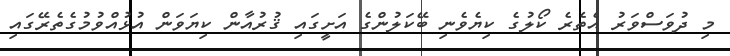
މި ދުވަސްވަރު އެތެރެ ކޯލުގެ ކިޔެވެނި ބޭކަލުންގެ އަށީގައި ޤުރުއާން ކިޔަވަން އުޅުއްވުމުގެތެރޭގައި